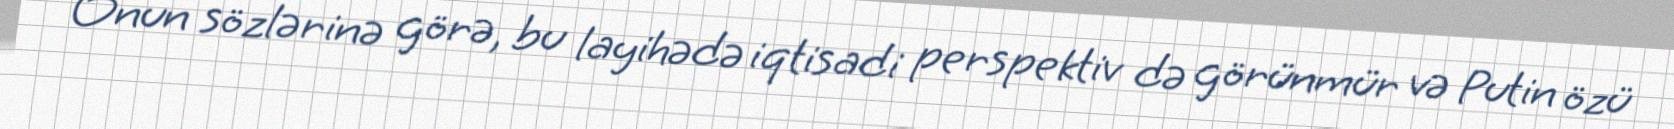
Onun sözlərinə görə, bu layihədə iqtisadi perspektiv də görünmür və Putin özü